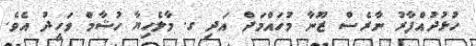
ހުޅުދުއްފާރު ނާރެސް ޒޫނާ މުހައްމަދް އަދި ގ. މާލެހިޔާ ހުޝާމް ވަހީދު އެވެ.